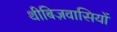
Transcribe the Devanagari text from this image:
थीबिज़वासियों